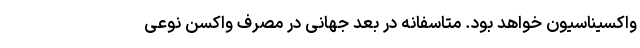
واکسیناسیون خواهد بود. متاسفانه در بُعد جهانی در مصرف واکسن نوعی